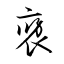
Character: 褒